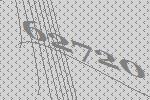
62720